Annual report of lunatic asylums [Bombay] - 1912-1922
Year: 1912
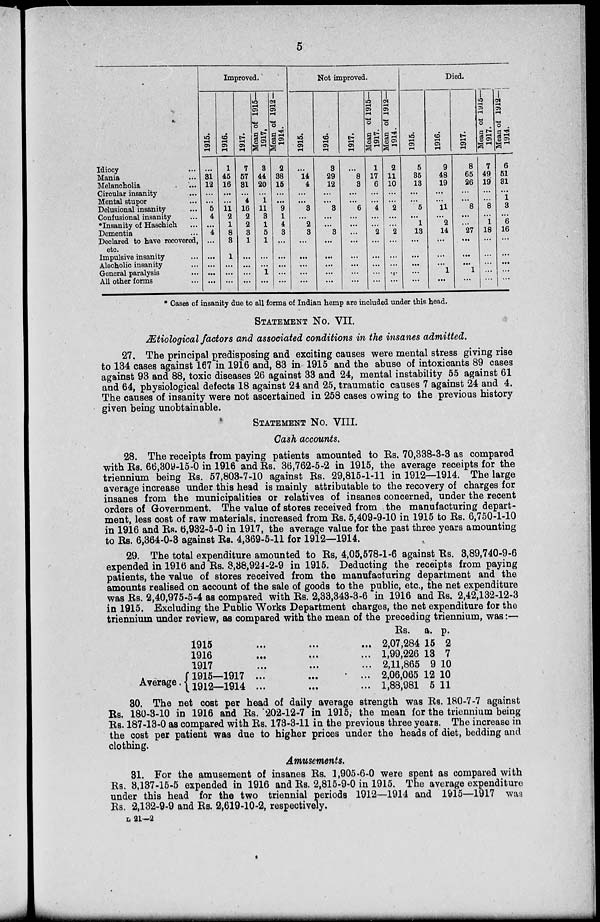
5
Idiocy
...
Mania
...
Melancholia
...
Circular insanity...
Mental stupor ...
Delusional insanity ...
Confusional insanity
...
*Insanity of Haschich ...
Dementia
...
Declared to have recovered,
etc.
Impulsive insanity
...
Alecholic insanity
...
General paralysis
...
All other forms
...
Improved.
1915.
...
31
12
...
...
5
4
...
4
...
...
...
...
...
1916.
1
45
16
...
...
11
2
1
8
3
1
...
...
...
1917.
7
57
31
...
4
16
2
2
3
1
...
...
...
...
Mean of 1915—
1917,
3
44
20
...
1
11
3
1
5
1
...
...
1
...
Mean of 1912—
1914.
2
38
15
...
...
9
1
4
3
...
...
...
...
...
Not improved.
1915.
...
14
4
...
...
3
...
2
3
...
...
...
...
...
1916.
3
29
12
...
...
3
...
...
3
...
...
...
...
...
1917.
...
8
3
...
...
6
...
...
...
...
...
...
...
...
Mean of 1915—
1917.
1
17
6
...
... 4
...
...
2
...
...
...
...
...
Mean of 1912—
1914.
2
11
10
...
...
2
...
...
2
...
...
...
...
...
Died.
1915.
5
35
13
...
...
5
...
1
13
...
...
...
...
...
1916.
9
48
19
...
...
11
...
2
14
...
...
...
1
...
1917.
8
65
26
...
...
8
...
...
27
...
...
...
1
...
Mean of 1915—
1917.
7
49
19
...
...
8
...
1
18
...
...
...
...
...
Mean of 1912—
1914.
6
51
31
...
1
3
...
6
16
...
...
...
...
...
* Cases of insanity due to all forms of Indian hemp are included under this head.
STATEMENT No. VII.
Ætiological factors and associated conditions in the insanes admitted.
27. The principal predisposing and exciting causes were mental stress giving rise
to 134 cases against 167 in 1916 and, 83 in 1915 and the abuse of intoxicants 89 cases
against 93 and 88, toxic diseases 26 against 33 and 24, mental instability 55 against 61
and 64, physiological defects 18 against 24 and 25, traumatic causes 7 against 24 and 4.
The causes of insanity were not ascertained in 258 cases owing to the previous history
given being unobtainable.
STATEMENT No. VIII.
Cash accounts.
28. The receipts from paying patients amounted to Rs. 70,338-3-3 as compared
with Rs. 66,309-15-0 in 1916 and Rs. 36,762-5-2 in 1915, the average receipts for the
triennium being Rs. 57,803-7-10 against Rs. 29,815-1-11 in 1912—1914. The large
average increase under this head is mainly attributable to the recovery of charges for
insanes from the municipalities or relatives of insanes concerned, under the recent
orders of Government. The value of stores received from the manufacturing depart-
ment, less cost of raw materials, increased from Rs. 5,409-9-10 in 1915 to Rs. 6,750-1-10
in 1916 and Rs. 6,932-5-0 in 1917, the average value for the past three years amounting
to Rs. 6,364-0-3 against Rs. 4,369-5-11 for 1912—1914.
29. The total expenditure amounted to Rs, 4,05,578-1-6 against Rs. 3,89,740-9-6
expended in 1916 and Rs. 3,38,924-2-9 in 1915. Deducting the receipts from paying
patients, the value of stores received from the manufacturing department and the
amounts realised on account of the sale of goods to the public, etc., the net expenditure
was Rs. 2,40,975-5-4 as compared with Rs. 2,33,343-3-6 in 1916 and Rs. 2,42,132-12-3
in 1915. Excluding the Public Works Department charges, the net expenditure for the
triennium under review, as compared with the mean of the preceding triennium, was:—
1915 ... ... ...
1916 ... ... ...
1917 ... ... ...
Average . 1915—1917 ... ... ...
1912—1914 ... ... ...
Rs.
2,07,284
1,99,226
2,11,865
2,06,065
1,88,981
a.
15
13
9
12
5
p.
2
7
10
10
11
30. The net cost per head of daily average strength was Rs. 180-7-7 against
Rs. 180-3-10 in 1916 and Rs. 202-12-7 in 1915, the mean for the triennium being
Rs. 187-13-0 as compared with Rs. 173-3-11 in the previous three years. The increase in
the cost per patient was due to higher prices under the heads of diet, bedding and
clothing.
Amusements.
81. For the amusement of insanes Rs. 1,905-6-0 were spent as compared with
Rs. 3,137-15-5 expended in 1916 and Rs. 2,815-9-0 in 1915. The average expenditure
under this head for the two triennial periods 1912—1914 and 1915—1917 was
Rs. 2,132-9-9 and Rs. 2,619-10-2, respectively.
L 21—2